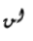
لن